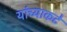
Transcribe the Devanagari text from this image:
यांच्याकटे